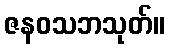
ဇနဝသဘသုတ်။